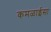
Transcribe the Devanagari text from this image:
कमळाईसा